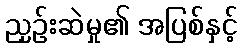
ညှဉ်းဆဲမှု၏ အပြစ်နှင့်